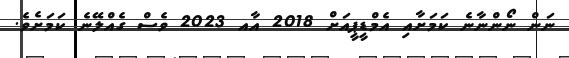
ނަން ނޯންނާނެ ކަމަށާއި އެމްޑީޕީއަށް 2018 އާއ 2023 ވެސް ގެއްލޭނެ ކަމަށެވެ.